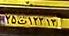
۲۵ت۱۲۲۱۳